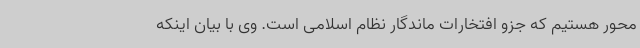
محور هستیم که جزو افتخارات ماندگار نظام اسلامی است. وی با بیان اینکه